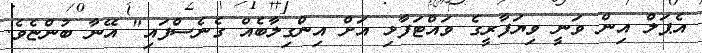
އެޕަލް އިން ވަނީ ވިޔަފާރީގެ ވައްޓަފާޅި އަށް އިންގިލާބެއް ގެނެސްފައި" އޭނާ ބުންޏެވެ.